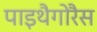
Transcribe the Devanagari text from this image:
पाइथैगोरैस